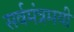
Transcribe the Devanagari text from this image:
सर्वमंत्रमयी